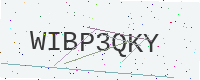
Text: WIBP3QKY